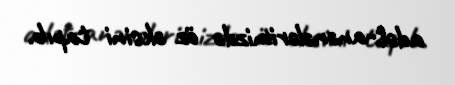
adət-anənələrimizdə öz əksini tapıb.